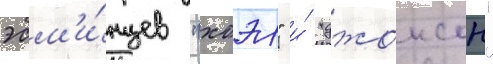
эсм'и́нцев "хоэл" и́ "джонсон"